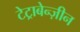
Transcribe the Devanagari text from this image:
टेट्राबेन्ज़ीन